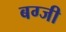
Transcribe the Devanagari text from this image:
बग्जी